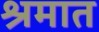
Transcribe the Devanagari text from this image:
श्रमात